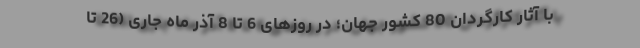
با آثار کارگردان 80 کشور جهان؛ در روزهای 6 تا 8 آذر ماه جاری (26 تا